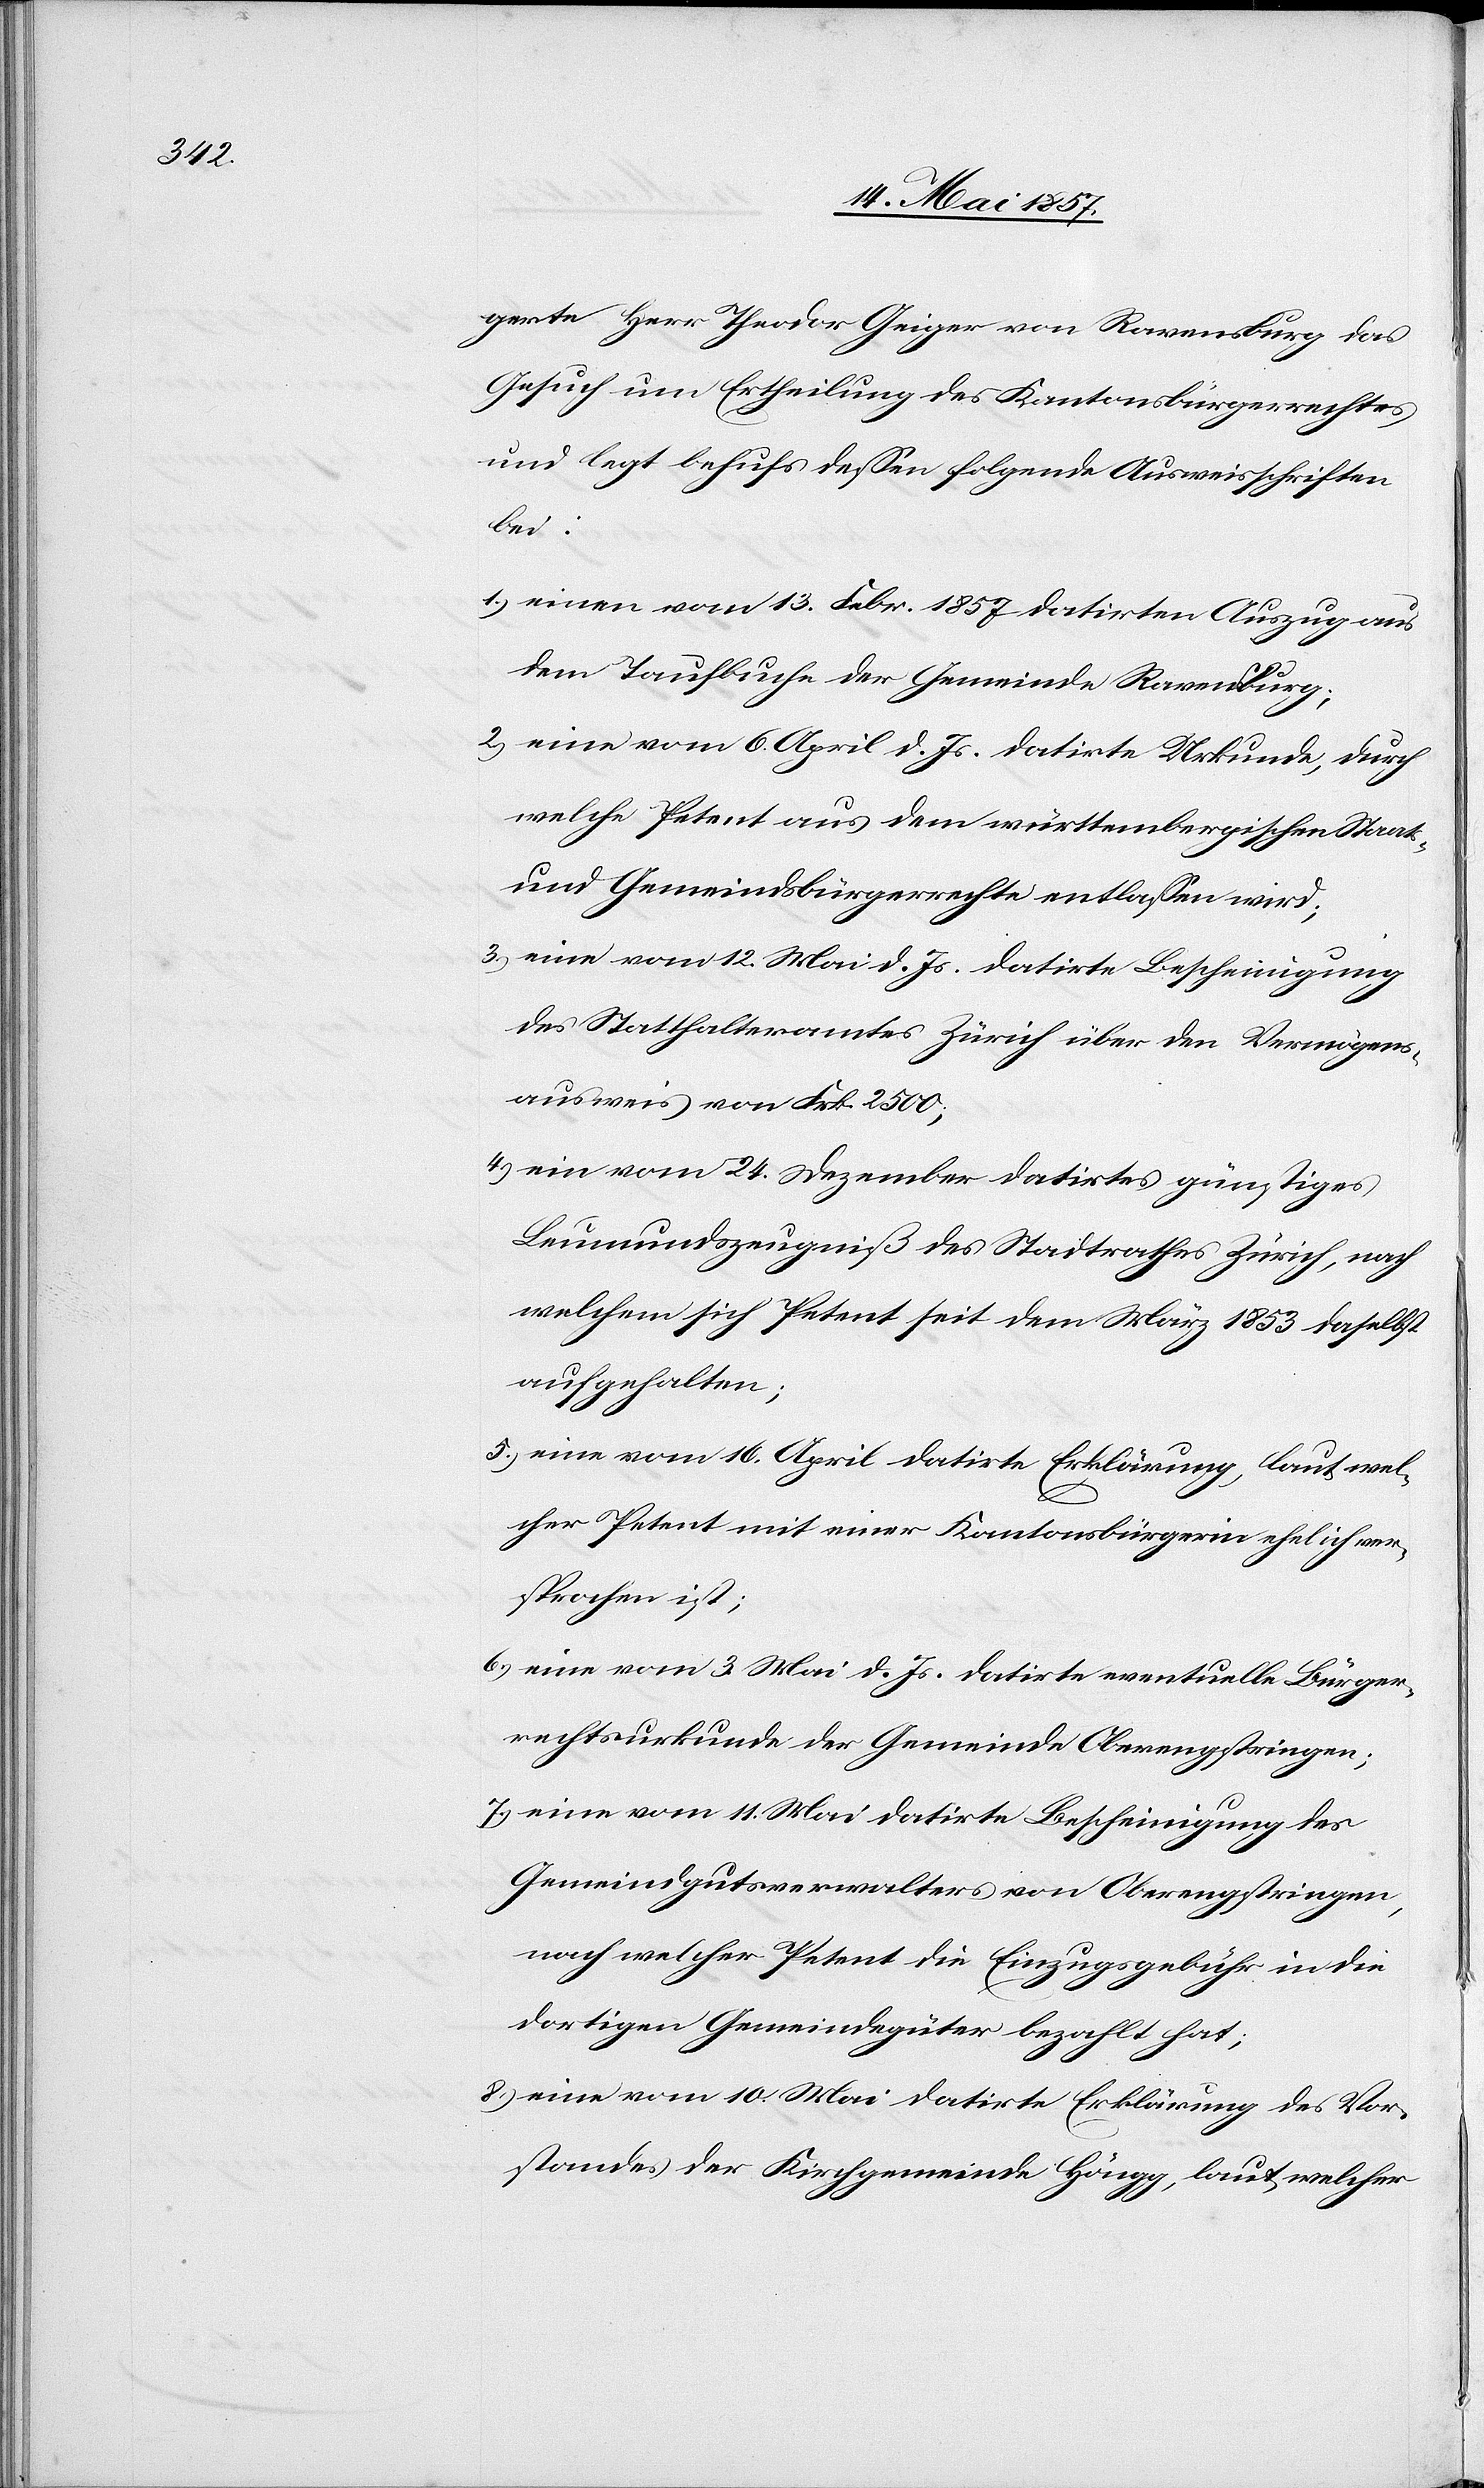
gerte Herr Theodor Geiger von Ravensburg das
Gesuch um Ertheilung des Kantonsbürgerrechtes
und legt behufs dessen folgende Ausweisschriften
bei:
1.) einen vom 13 Febr. 1857 datirten Auszug aus
dem Taufbuche der Gemeinde Ravensburg;
2.) eine vom 6 April d. Js. datirte Urkunde, durch
welche Petent aus dem württembergischen Staats-
und Gemeindsbürgerrechte entlassen wird;
3.) eine vom 12 Mai d. Js. datirte Bescheinigung
des Statthalteramtes Zürich über den Vermögens¬
ausweis von Frk. 2500;
4.) ein vom 24 Dezember datirtes günstiges
Leumundszeugniß des Stadtrathes Zürich, nach
welchem sich Petent seit dem März 1853 daselbst
aufgehalten;
5.) eine vom 16 April datirte Erklärung, laut wel¬
cher Petent mit einer Kantonsbürgerin ehelich ver¬
sprochen ist;
6.) eine vom 3 Mai d. Js. datirte eventuelle Bürger¬
rechtsurkunde der Gemeinde Oberengstringen;
7.) eine vom 11 Mai datirte Bescheinigung des
Gemeindgutsverwalters von Oberengstringen,
nach welcher Petent die Einzugsgebühr in die
dortigen Gemeindgüter bezahlt hat;
8.) eine vom 10 Mai datirte Erklärung des Vor¬
standes der Kirchgemeinde Höngg, laut welcher